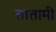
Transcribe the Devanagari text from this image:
तातामी